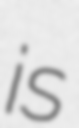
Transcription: is